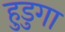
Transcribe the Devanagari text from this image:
हुडुगा